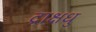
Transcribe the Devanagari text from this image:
द्राक्षधु